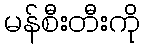
မန်စီးတီးကို